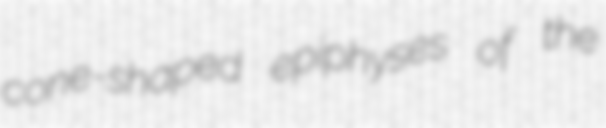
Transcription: cone-shaped epiphyses of the